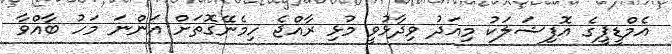
އެމްޑީޕީގެ އޮފިޝަލަކު މިއަދު ވިދާޅުވީ މުޅި ރާއްޖެ ހިމެނޭގޮތަށް އަންނަ މަހު ބާއްވާ